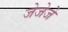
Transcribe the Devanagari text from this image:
जेजेजे